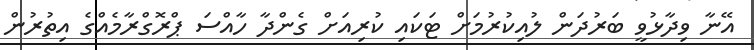
އޭނާ ވިދާޅުވީ ބަރުދަން ލުއިކުރުމަށް ޓަކައި ކުރިއަށް ގެންދާ ހާއްސަ ޕްރޮގްރާމެއްގެ އިތުރުން